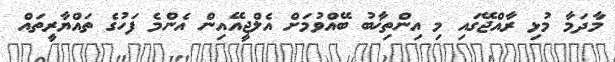
މާދަމާ މުޅި ރާއްޖޭގައި މި އިންތިޚާބު ބޭއްވުމަށް އެލްޖީއޭއިން އެންމެ ފަހުގެ ތައްޔާރީތައް